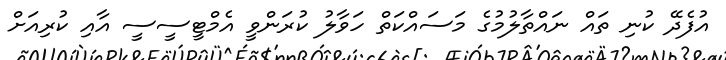
އުފެދޭ ކުނި ތައް ނައްތާލުމުގެ މަސައްކަތް ހަވާލު ކުރަންވީ އެމްޓީސީސީ އާއި ކުރިއަށް